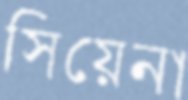
সিয়েনা